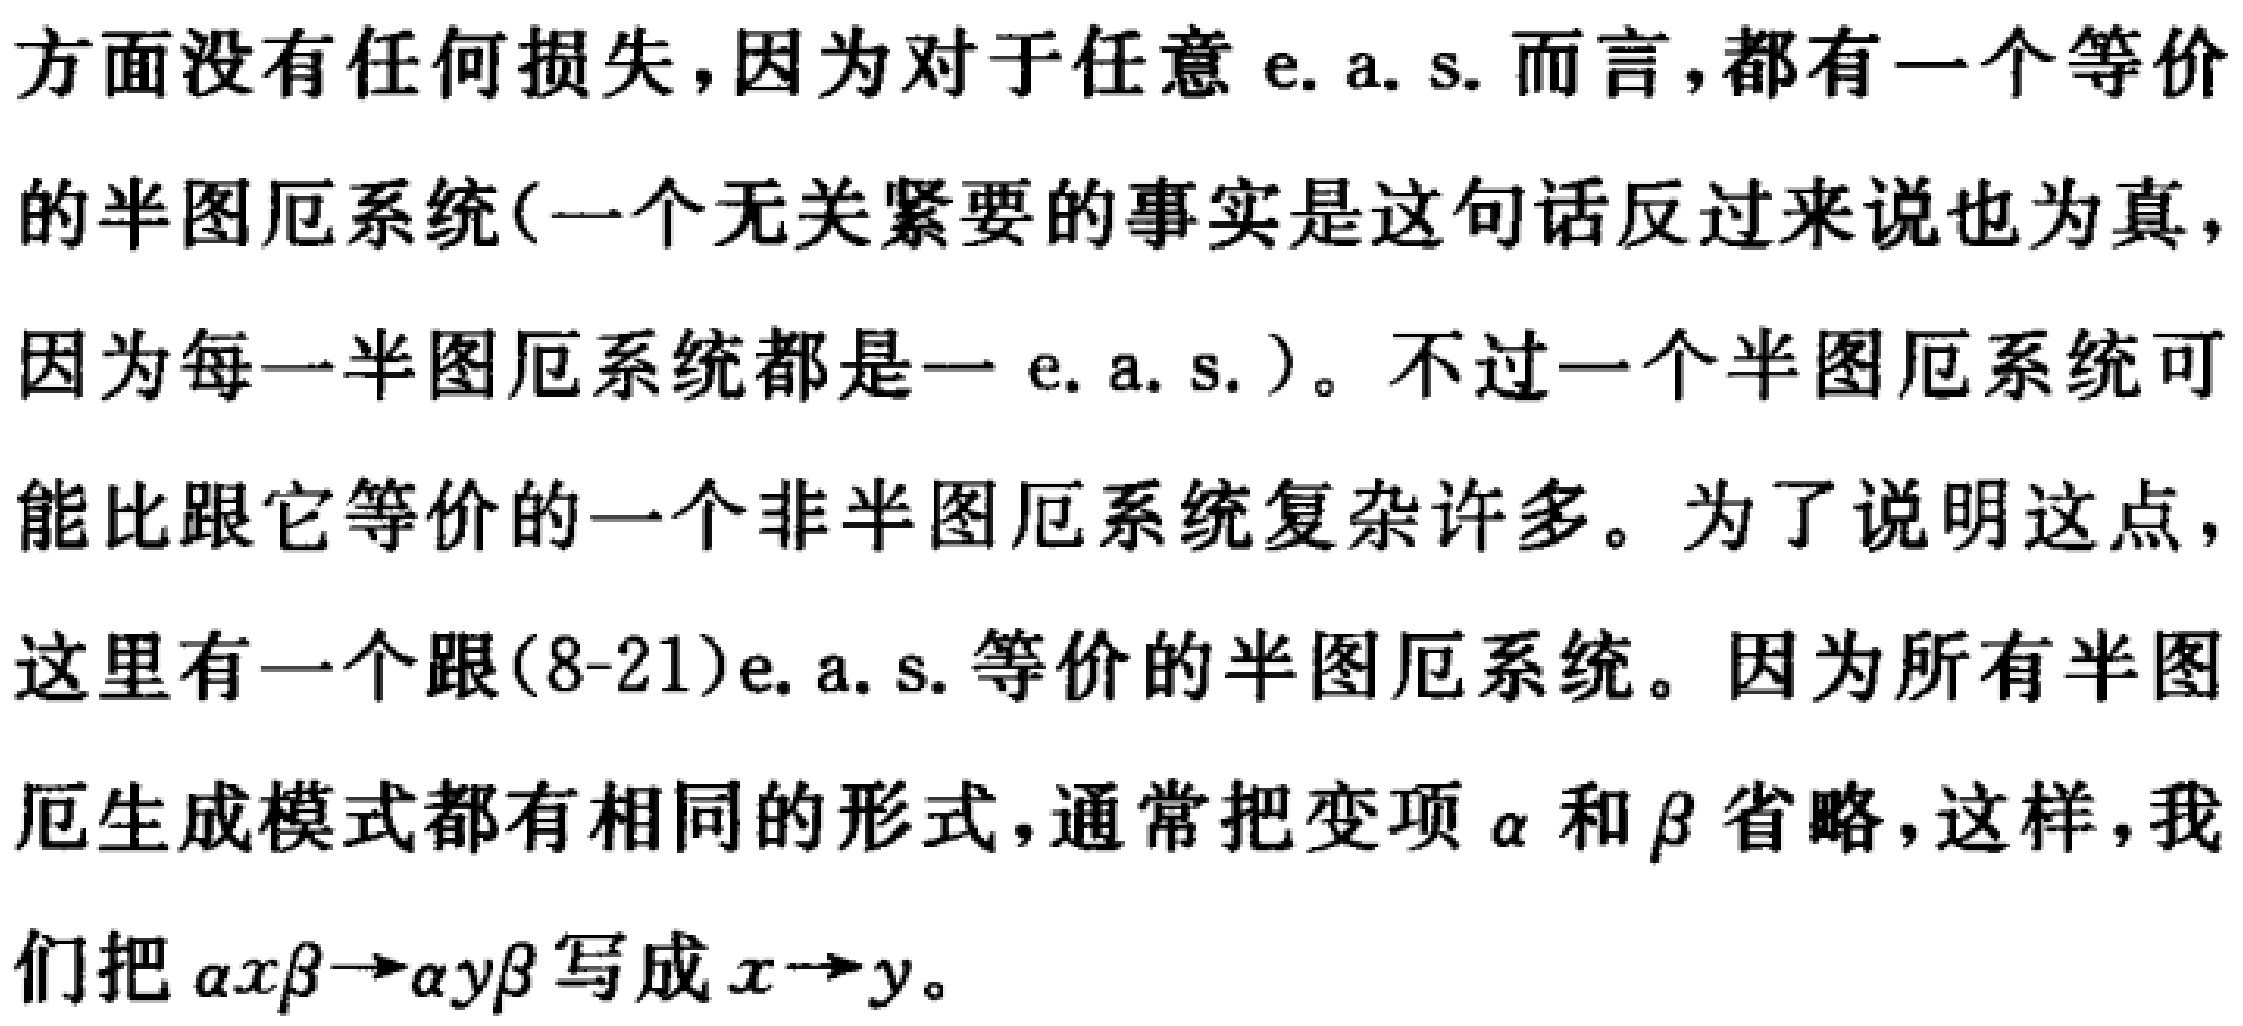
A.$96\times10^{5}$

B.$9.6\times10^{6}$

C.$9.6\times10^{7}$

D.$0.96\times10^{8}$